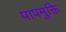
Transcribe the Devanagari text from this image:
पापमुक्ति